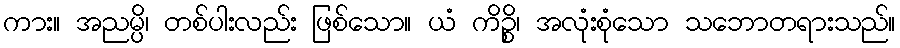
ကား။ အညမ္ပိ၊ တစ်ပါးလည်း ဖြစ်သော။ ယံ ကိဉ္စိ၊ အလုံးစုံသော သဘောတရားသည်။